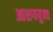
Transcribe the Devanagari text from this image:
आशययुक्‍त